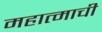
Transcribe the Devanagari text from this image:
महात्माची